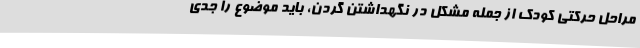
مراحل حرکتی کودک از جمله مشکل در نگهداشتن گردن، باید موضوع را جدی